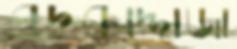
বদরুদ্দোজা